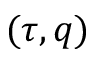
( \tau , q )